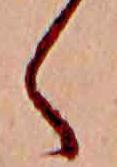
く